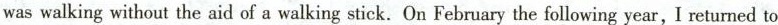
was walking without the aid of a walking stick. On February the following year, I returned to